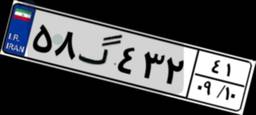
۶۰گ۴۰۶۱۹